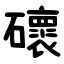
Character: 䃶